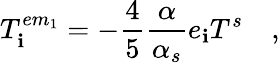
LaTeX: T_{\mathbf{i}}^{em_{1}}=-\frac{{4}}{{5}}\frac{{\alpha}}{{\alpha_{s}}}e_{\mathbf{i}}T^{s}\quad,